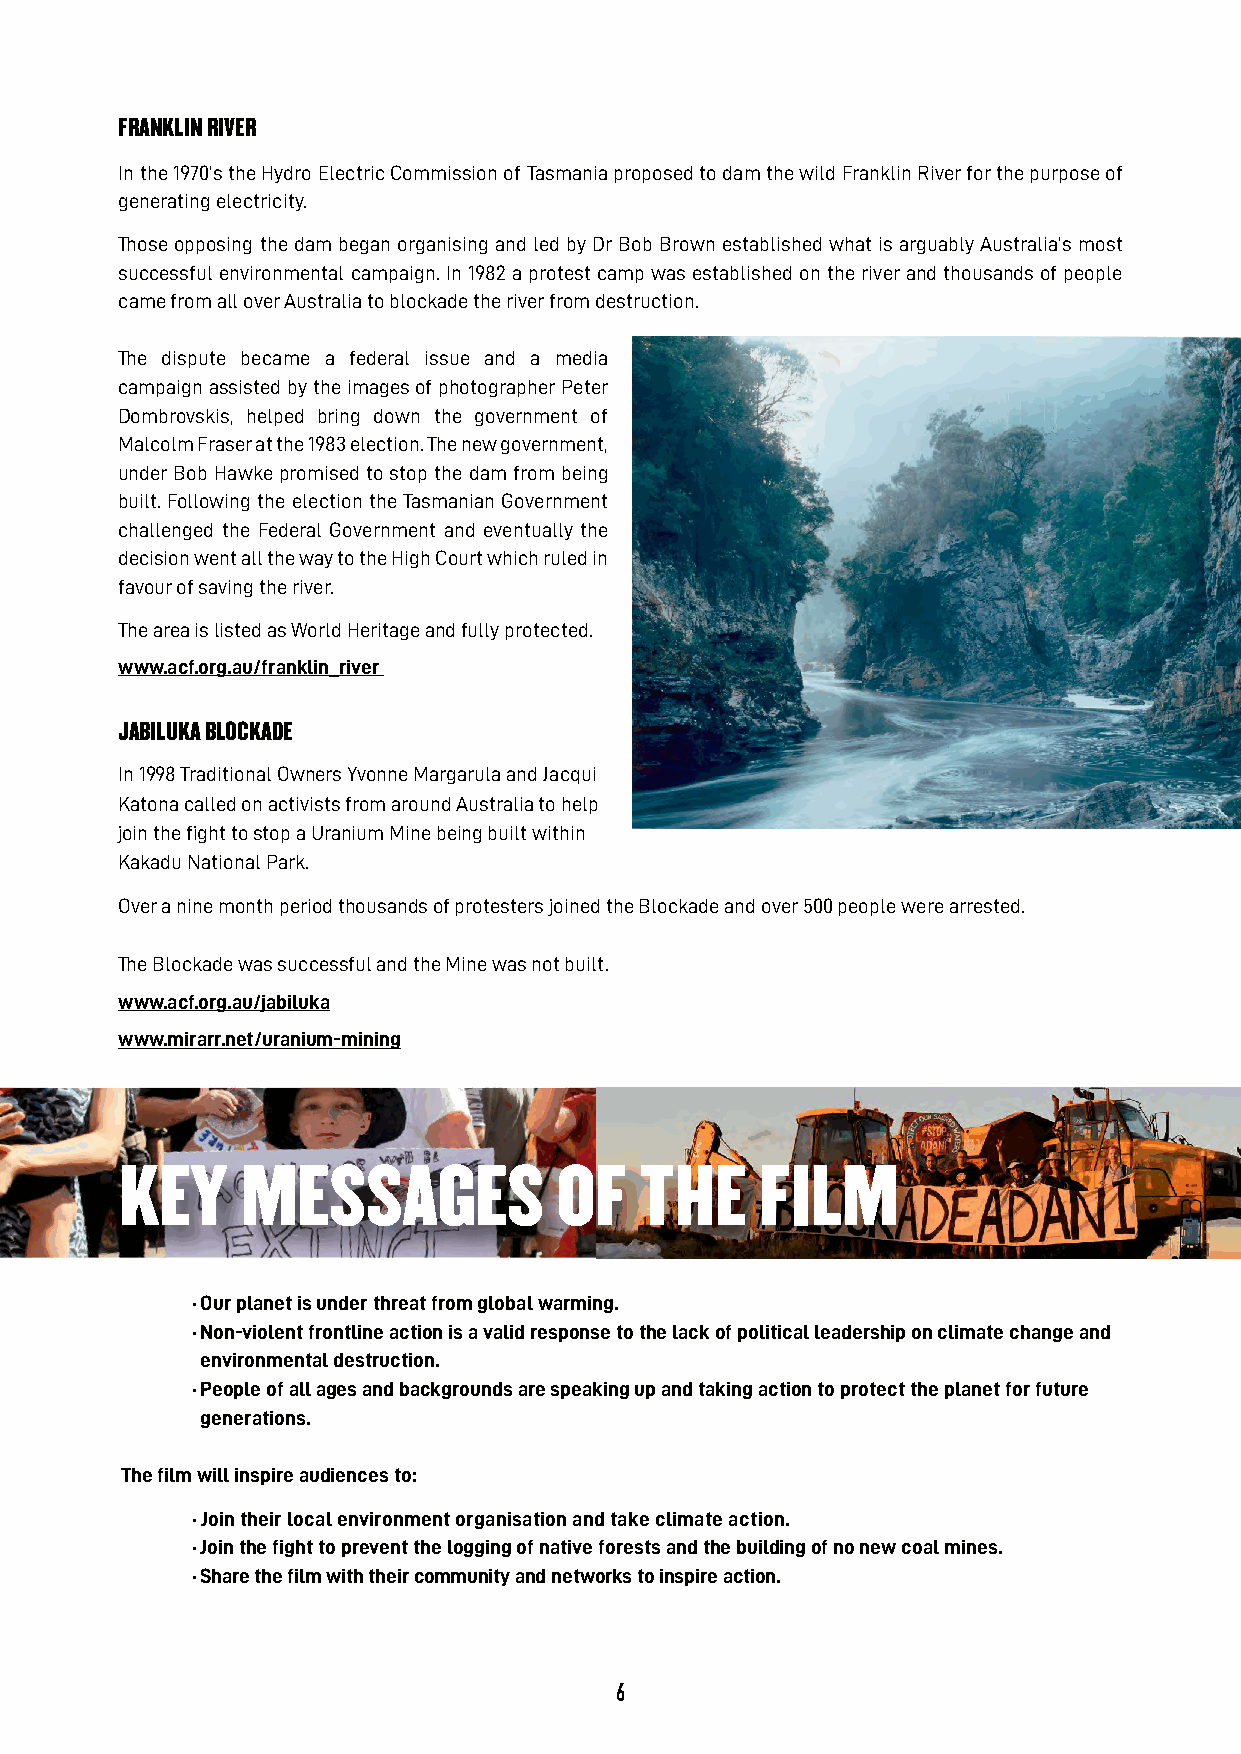
FRANKLIN RIvER
 In the 1970’s the Hydro Electric Commission of Tasmania proposed to dam the wild Franklin River for the purpose of
 generating electricity.
 Those opposing the dam began organising and led by Dr Bob Brown established what is arguably Australia’s most
 successful environmental campaign. In 1982 a protest camp was established on the river and thousands of people
 came from all over Australia to blockade the river from destruction.
 The dispute became a federal issue and a media
 campaign assisted by the images of photographer Peter
 Dombrovskis, helped bring down the government of
 Malcolm Fraser at the 1983 election. The new government,
 under Bob Hawke promised to stop the dam from being
 built. Following the election the Tasmanian Government
 challenged the Federal Government and eventually the
 decision went all the way to the High Court which ruled in
 favour of saving the river.
 The area is listed as World Heritage and fully protected.
 www.acf.org.au/franklin_river
 JABILUKA BLOCKADE
 In 1998 Traditional Owners Yvonne Margarula and Jacqui
 Katona called on activists from around Australia to help
 join the fight to stop a Uranium Mine being built within
 Kakadu National Park.
 Over a nine month period thousands of protesters joined the Blockade and over 500 people were arrested.
 The Blockade was successful and the Mine was not built.
 www.acf.org.au/jabiluka
 www.mirarr.net/uranium-mining
 KEY     MESSAGES             OF   ThE     FILM
 ∙ Our planet is under threat from global warming.
 ∙ Non-violent frontline action is a valid response to the lack of political leadership on climate change and
 environmental destruction.
 ∙ People of all ages and backgrounds are speaking up and taking action to protect the planet for future
 generations.
 The film will inspire audiences to:
 ∙ Join their local environment organisation and take climate action.
 ∙ Join the fight to prevent the logging of native forests and the building of no new coal mines.
 ∙ Share the film with their community and networks to inspire action.
 6